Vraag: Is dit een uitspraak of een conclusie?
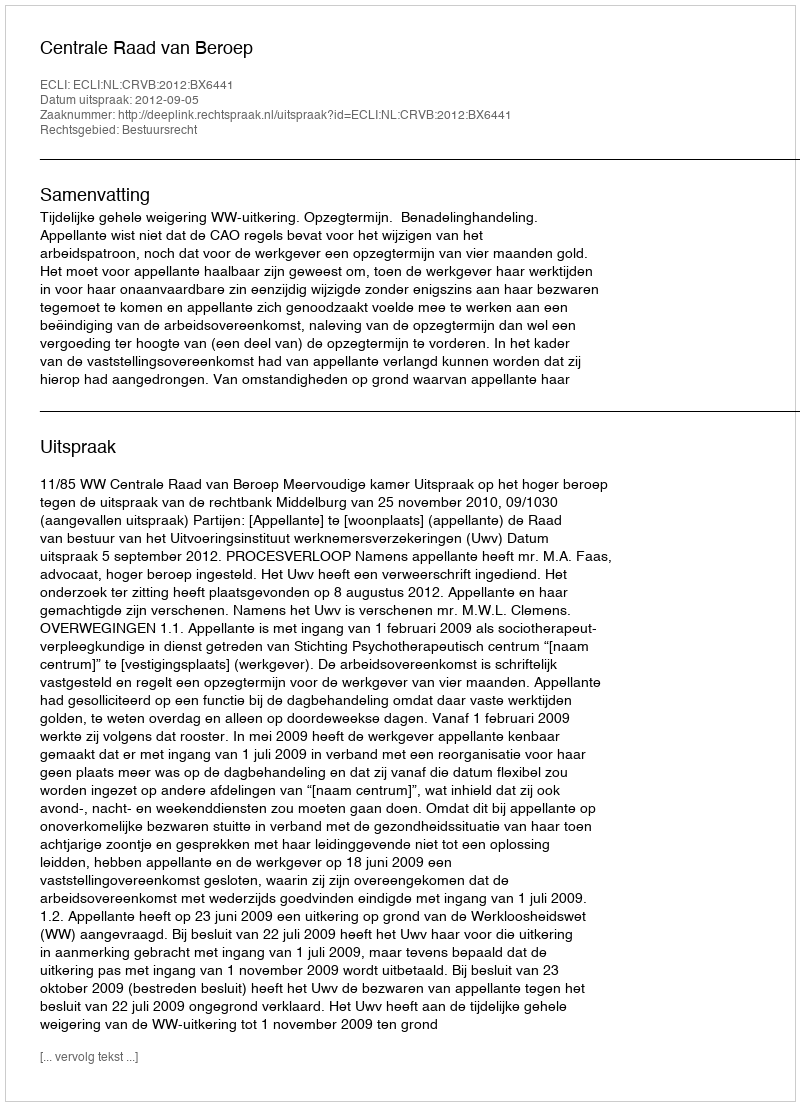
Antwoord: Uitspraak